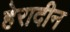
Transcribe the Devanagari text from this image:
हेरादीन